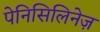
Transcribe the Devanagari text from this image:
पेनिसिलिनेज़